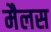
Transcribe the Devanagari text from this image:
मैलस